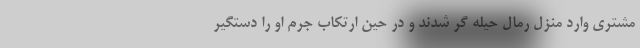
مشتری وارد منزل رمال حیله گر شدند و در حین ارتکاب جرم او را دستگیر